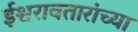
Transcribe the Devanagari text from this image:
ईश्वरावतारांच्या